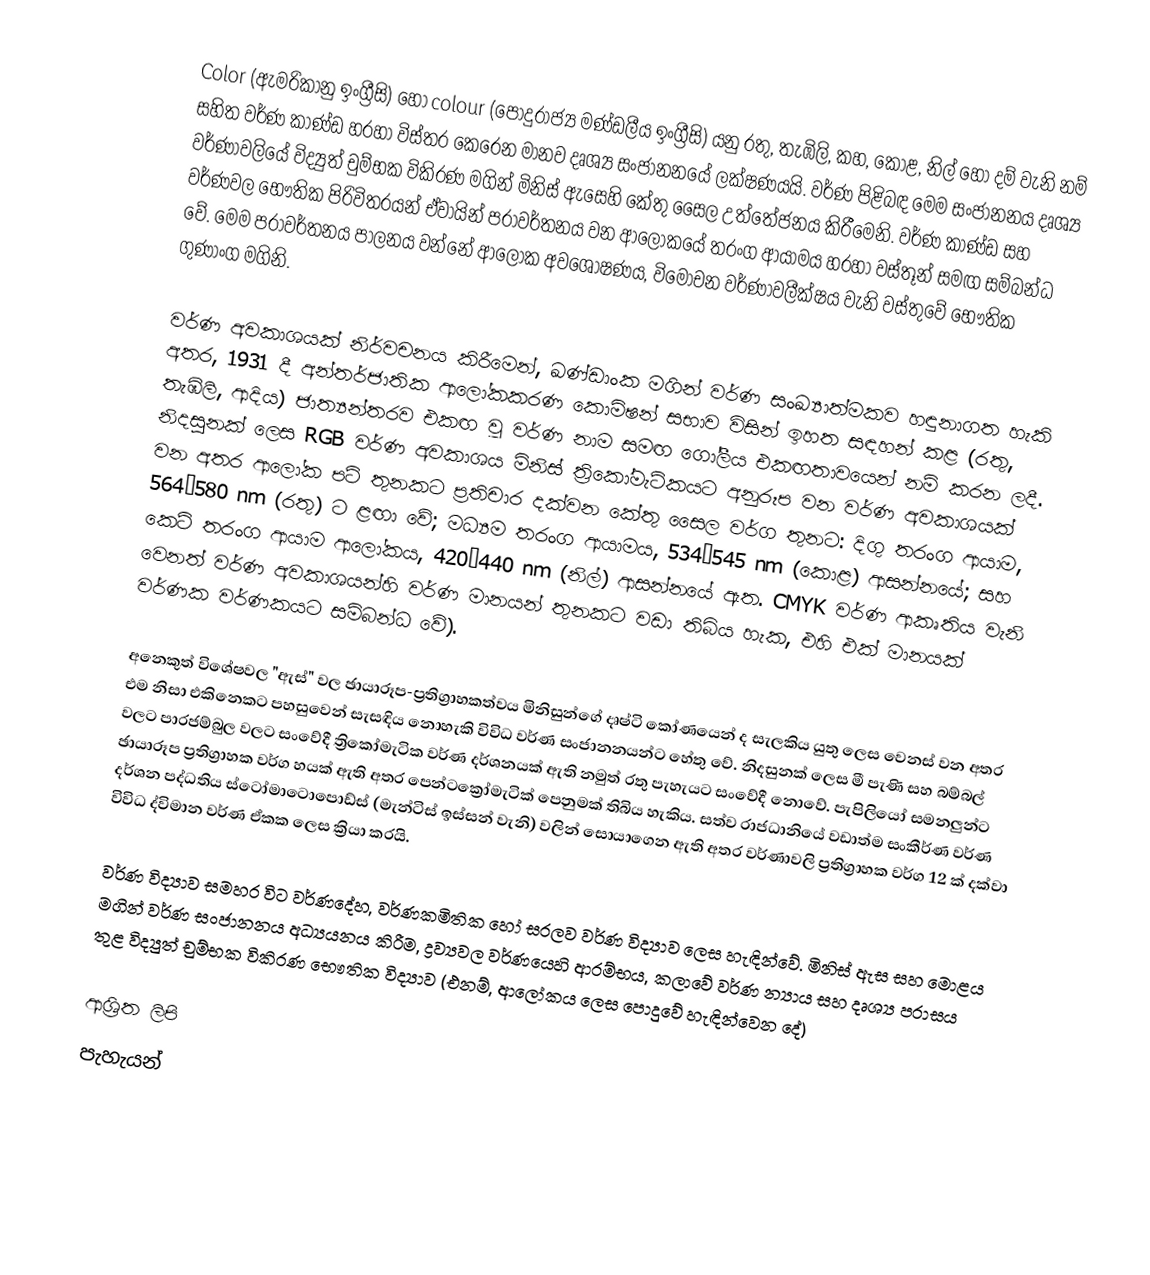
Color (ඇමරිකානු ඉංග්‍රීසි) හෝ colour (පොදුරාජ්‍ය මණ්ඩලීය ඉංග්‍රීසි) යනු රතු, තැඹිලි, කහ, කොළ, නිල් හෝ දම් වැනි නම් සහිත වර්ණ කාණ්ඩ හරහා විස්තර කෙරෙන මානව දෘශ්‍ය සංජානනයේ ලක්ෂණයයි. වර්ණ පිළිබඳ මෙම සංජානනය දෘශ්‍ය වර්ණාවලියේ විද්‍යුත් චුම්භක විකිරණ මගින් මිනිස් ඇසෙහි කේතු සෛල උත්තේජනය කිරීමෙනි. වර්ණ කාණ්ඩ සහ වර්ණවල භෞතික පිරිවිතරයන් ඒවායින් පරාවර්තනය වන ආලෝකයේ තරංග ආයාමය හරහා වස්තූන් සමඟ සම්බන්ධ වේ. මෙම පරාවර්තනය පාලනය වන්නේ ආලෝක අවශෝෂණය, විමෝචන වර්ණාවලීක්ෂය වැනි වස්තුවේ භෞතික ගුණාංග මගිනි.

වර්ණ අවකාශයක් නිර්වචනය කිරීමෙන්, ඛණ්ඩාංක මගින් වර්ණ සංඛ්‍යාත්මකව හඳුනාගත හැකි අතර, 1931 දී අන්තර්ජාතික ආලෝකකරණ කොමිෂන් සභාව විසින් ඉහත සඳහන් කළ (රතු, තැඹිලි, ආදිය) ජාත්‍යන්තරව එකඟ වූ වර්ණ නාම සමඟ ගෝලීය එකඟතාවයෙන් නම් කරන ලදී. නිදසුනක් ලෙස RGB වර්ණ අවකාශය මිනිස් ත්‍රිකෝමැටිකයට අනුරූප වන වර්ණ අවකාශයක් වන අතර ආලෝක පටි තුනකට ප්‍රතිචාර දක්වන කේතු සෛල වර්ග තුනට: දිගු තරංග ආයාම, 564–580 nm (රතු) ට ළඟා වේ; මධ්‍යම තරංග ආයාමය, 534–545 nm (කොළ) ආසන්නයේ; සහ කෙටි තරංග ආයාම ආලෝකය, 420–440 nm (නිල්) ආසන්නයේ ඇත. CMYK වර්ණ ආකෘතිය වැනි වෙනත් වර්ණ අවකාශයන්හි වර්ණ මානයන් තුනකට වඩා තිබිය හැක, එහි එක් මානයක් වර්ණක වර්ණකයට සම්බන්ධ වේ).

අනෙකුත් විශේෂවල "ඇස්" වල ඡායාරූප-ප්‍රතිග්‍රාහකත්වය මිනිසුන්ගේ දෘෂ්ටි කෝණයෙන් ද සැලකිය යුතු ලෙස වෙනස් වන අතර එම නිසා එකිනෙකට පහසුවෙන් සැසඳිය නොහැකි විවිධ වර්ණ සංජානනයන්ට හේතු වේ. නිදසුනක් ලෙස මී පැණි සහ බම්බල් වලට පාරජම්බුල වලට සංවේදී ත්‍රිකෝමැටික වර්ණ දර්ශනයක් ඇති නමුත් රතු පැහැයට සංවේදී නොවේ. පැපිලියෝ සමනලුන්ට ඡායාරූප ප්‍රතිග්‍රාහක වර්ග හයක් ඇති අතර පෙන්ටක්‍රෝමැටික් පෙනුමක් තිබිය හැකිය. සත්ව රාජධානියේ වඩාත්ම සංකීර්ණ වර්ණ දර්ශන පද්ධතිය ස්ටෝමාටොපොඩ්ස් (මැන්ටිස් ඉස්සන් වැනි) වලින් සොයාගෙන ඇති අතර වර්ණාවලි ප්‍රතිග්‍රාහක වර්ග 12 ක් දක්වා විවිධ ද්විමාන වර්ණ ඒකක ලෙස ක්‍රියා කරයි.

වර්ණ විද්‍යාව සමහර විට වර්ණදේහ, වර්ණකමිතික හෝ සරලව වර්ණ විද්‍යාව ලෙස හැඳින්වේ. මිනිස් ඇස සහ මොළය මගින් වර්ණ සංජානනය අධ්‍යයනය කිරීම, ද්‍රව්‍යවල වර්ණයෙහි ආරම්භය, කලාවේ වර්ණ න්‍යාය සහ දෘශ්‍ය පරාසය තුළ විද්‍යුත් චුම්භක විකිරණ භෞතික විද්‍යාව (එනම්, ආලෝකය ලෙස පොදුවේ හැඳින්වෙන දේ)

ආශ්‍රිත ලිපි
 පැහැයන්